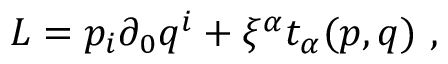
L = p _ { i } \partial _ { 0 } q ^ { i } + \xi ^ { \alpha } t _ { \alpha } ( p , q ) \ ,